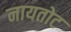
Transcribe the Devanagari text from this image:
नायतोट